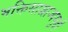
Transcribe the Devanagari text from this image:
भक्तिसाम्राज्यगुढी